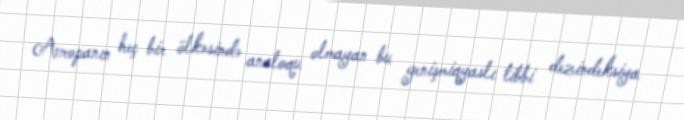
Avropanın heç bir ölkəsində analoqu olmayan bu genişmiqyaslı tibbi dezindeksiya